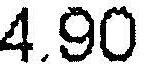
4.90